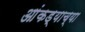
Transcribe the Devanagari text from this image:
आंकड्याच्या